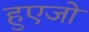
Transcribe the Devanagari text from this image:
हुएजो